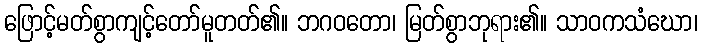
ဖြောင့်မတ်စွာကျင့်တော်မူတတ်၏။ ဘဂဝတော၊ မြတ်စွာဘုရား၏။ သာဝကသံဃော၊